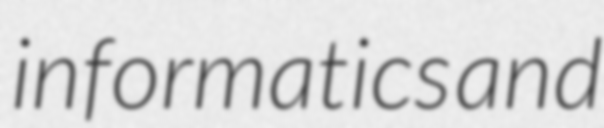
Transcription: informatics and